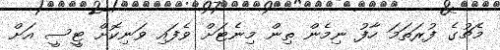
މެޗުގެ ފުރަތަމަ ހާފު ނިމެން ތިން މިނެޓަށް ވެފައި ވަނިކޮށް ޓީސީ އަށް